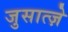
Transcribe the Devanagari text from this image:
जुसात्ज़े